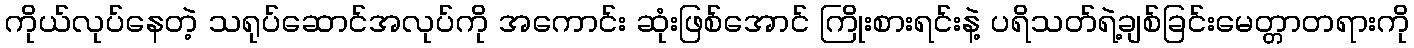
ကိုယ်လုပ်နေတဲ့ သရုပ်ဆောင်အလုပ်ကို အကောင်း ဆုံးဖြစ်အောင် ကြိုးစားရင်းနဲ့ ပရိသတ်ရဲ့ချစ်ခြင်းမေတ္တာတရားကို